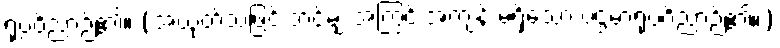
ရုပ္ပဝိညာဉ်၏။ (အယုတ်သဖြင့် ဘင်မျှ အကြွင်းအကျန် မရှိသော ပဌမာရုပ္ပဝိညာဉ်၏။)